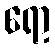
ရော့